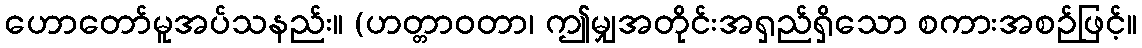
ဟောတော်မူအပ်သနည်း။ (ဟတ္တာဝတာ၊ ဤမျှအတိုင်းအရှည်ရှိသော စကားအစဉ်ဖြင့်။